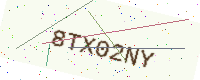
Text: 8TX02NY